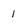
Character: 1